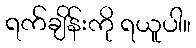
ရက်ချိန်းကို ရယူပါ။